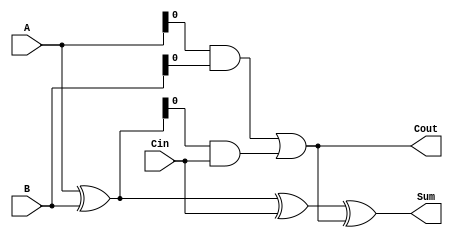
module CarrySaveAdder (
  input [7:0] A,
  input [7:0] B,
  input Cin,
  output [7:0] Sum,
  output Cout
);

wire [7:0] Stage1;
wire [7:0] Stage2;
wire [7:0] Stage3;

assign Stage1 = A ^ B;
assign Stage2 = Stage1 ^ Cin;
assign Sum = Stage2 ^ Cout;
assign Cout = (A & B) | (Stage1 & Cin);

endmodule